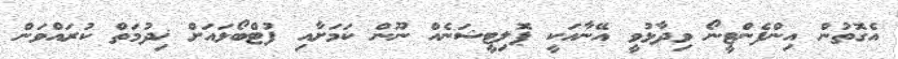
އެގޮތުން އިންފެންޓީނޯ ވިދާޅުވީ އޭނާއަކީ ޕޮލިޓީޝަނެއް ނޫން ކަމަށާއި ފުޓްބޯޅައަށް ޚިދުމަތް ކުރައްވަން